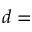
d =